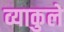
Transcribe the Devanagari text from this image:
व्याकुले